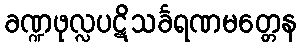
ခဏ္ဍဖုလ္လပဋိသင်္ခရဏမတ္တေန